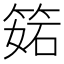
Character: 𥯉